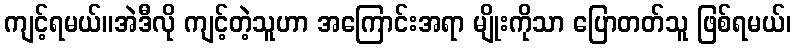
ကျင့်ရမယ်။အဲဒီလို ကျင့်တဲ့သူဟာ အကြောင်းအရာ မျိုးကိုသာ ပြောတတ်သူ ဖြစ်ရမယ်၊